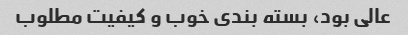
عالی بود، بسته بندی خوب و کیفیت مطلوب